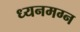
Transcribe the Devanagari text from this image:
ध्‍यनमग्‍न